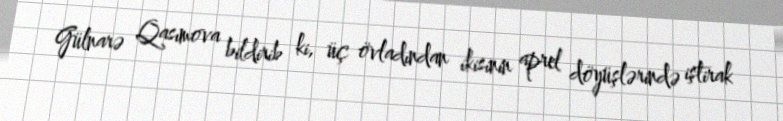
Gülnarə Qasımova bildirib ki, üç övladından ikisinin aprel döyüşlərində iştirak